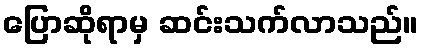
ပြောဆိုရာမှ ဆင်းသက်လာသည်။